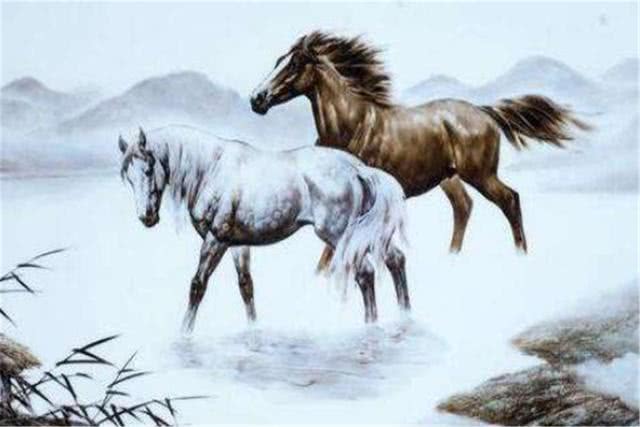
行人莫便消魂去，汉渚星桥尚有期。